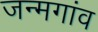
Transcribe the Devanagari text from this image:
जन्मगांव